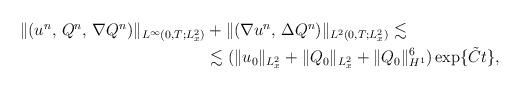
LaTeX: \begin{align*}\begin{aligned}\|(u^n,\,Q^n,\,\nabla Q^n)\|_{L^\infty(0,T;L^2_x)} &+ \|(\nabla u^n,\,\Delta Q^n) \|_{L^2(0,T;L^2_x)} \lesssim \\&\lesssim(\| u_0 \|_{L^2_x} +\|Q_0\|_{L^2_x} + \|Q_0\|_{H^1}^6 ) \exp\{\tilde{C}t\},\end{aligned}\end{align*}